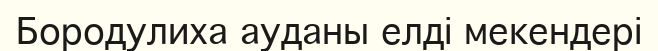
Бородулиха ауданы елді мекендері